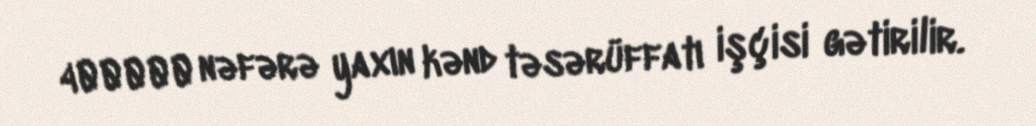
400000 nəfərə yaxın kənd təsərüffatı işçisi gətirilir.